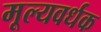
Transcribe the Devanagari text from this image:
मूल्यवर्धक